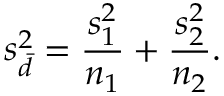
s _ { \bar { d } } ^ { 2 } = { \frac { s _ { 1 } ^ { 2 } } { n _ { 1 } } } + { \frac { s _ { 2 } ^ { 2 } } { n _ { 2 } } } .